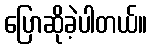
ပြောဆိုခဲ့ပါတယ်။